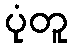
ပုံတူ